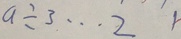
a \div 3 \cdots 2 1